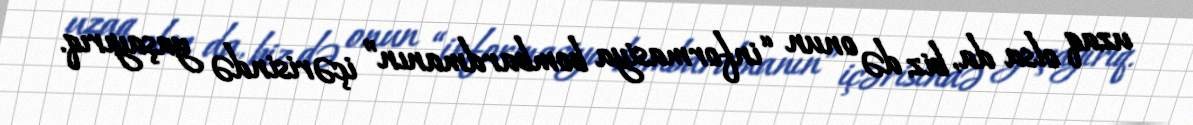
uzaq olsa da, biz də onun “informasiya bombardmanın” içərisində yaşayırıq.